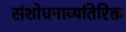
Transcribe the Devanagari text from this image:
संशोधनाव्यतिरिक्त